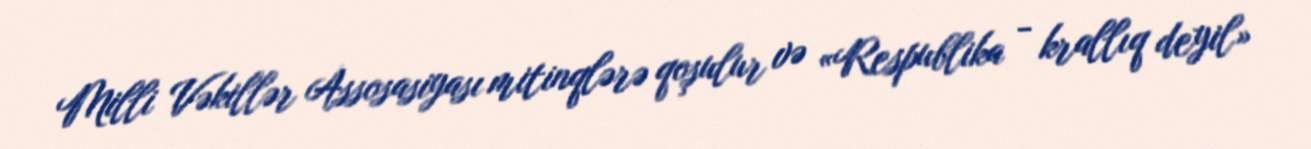
Milli Vəkillər Assosasiyası mitinqlərə qoşulur və «Respublika - krallıq deyil»